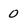
Character: 0